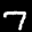
Label: 7